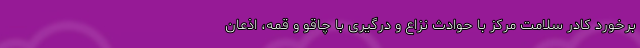
برخورد کادر سلامت مرکز با حوادث نزاع و درگیری با چاقو و قمه، اذعان